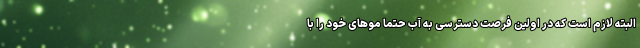
البته لازم است که در اولین فرصت دسترسی به آب حتما موهای خود را با